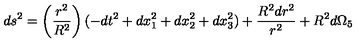
d s ^ { 2 } = \left( \frac { r ^ { 2 } } { R ^ { 2 } } \right) ( - d t ^ { 2 } + d x _ { 1 } ^ { 2 } + d x _ { 2 } ^ { 2 } + d x _ { 3 } ^ { 2 } ) + \frac { R ^ { 2 } d r ^ { 2 } } { r ^ { 2 } } + R ^ { 2 } d \Omega _ { 5 } \